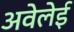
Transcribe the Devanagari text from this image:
अवेलेई